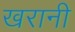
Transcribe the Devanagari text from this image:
खरानी